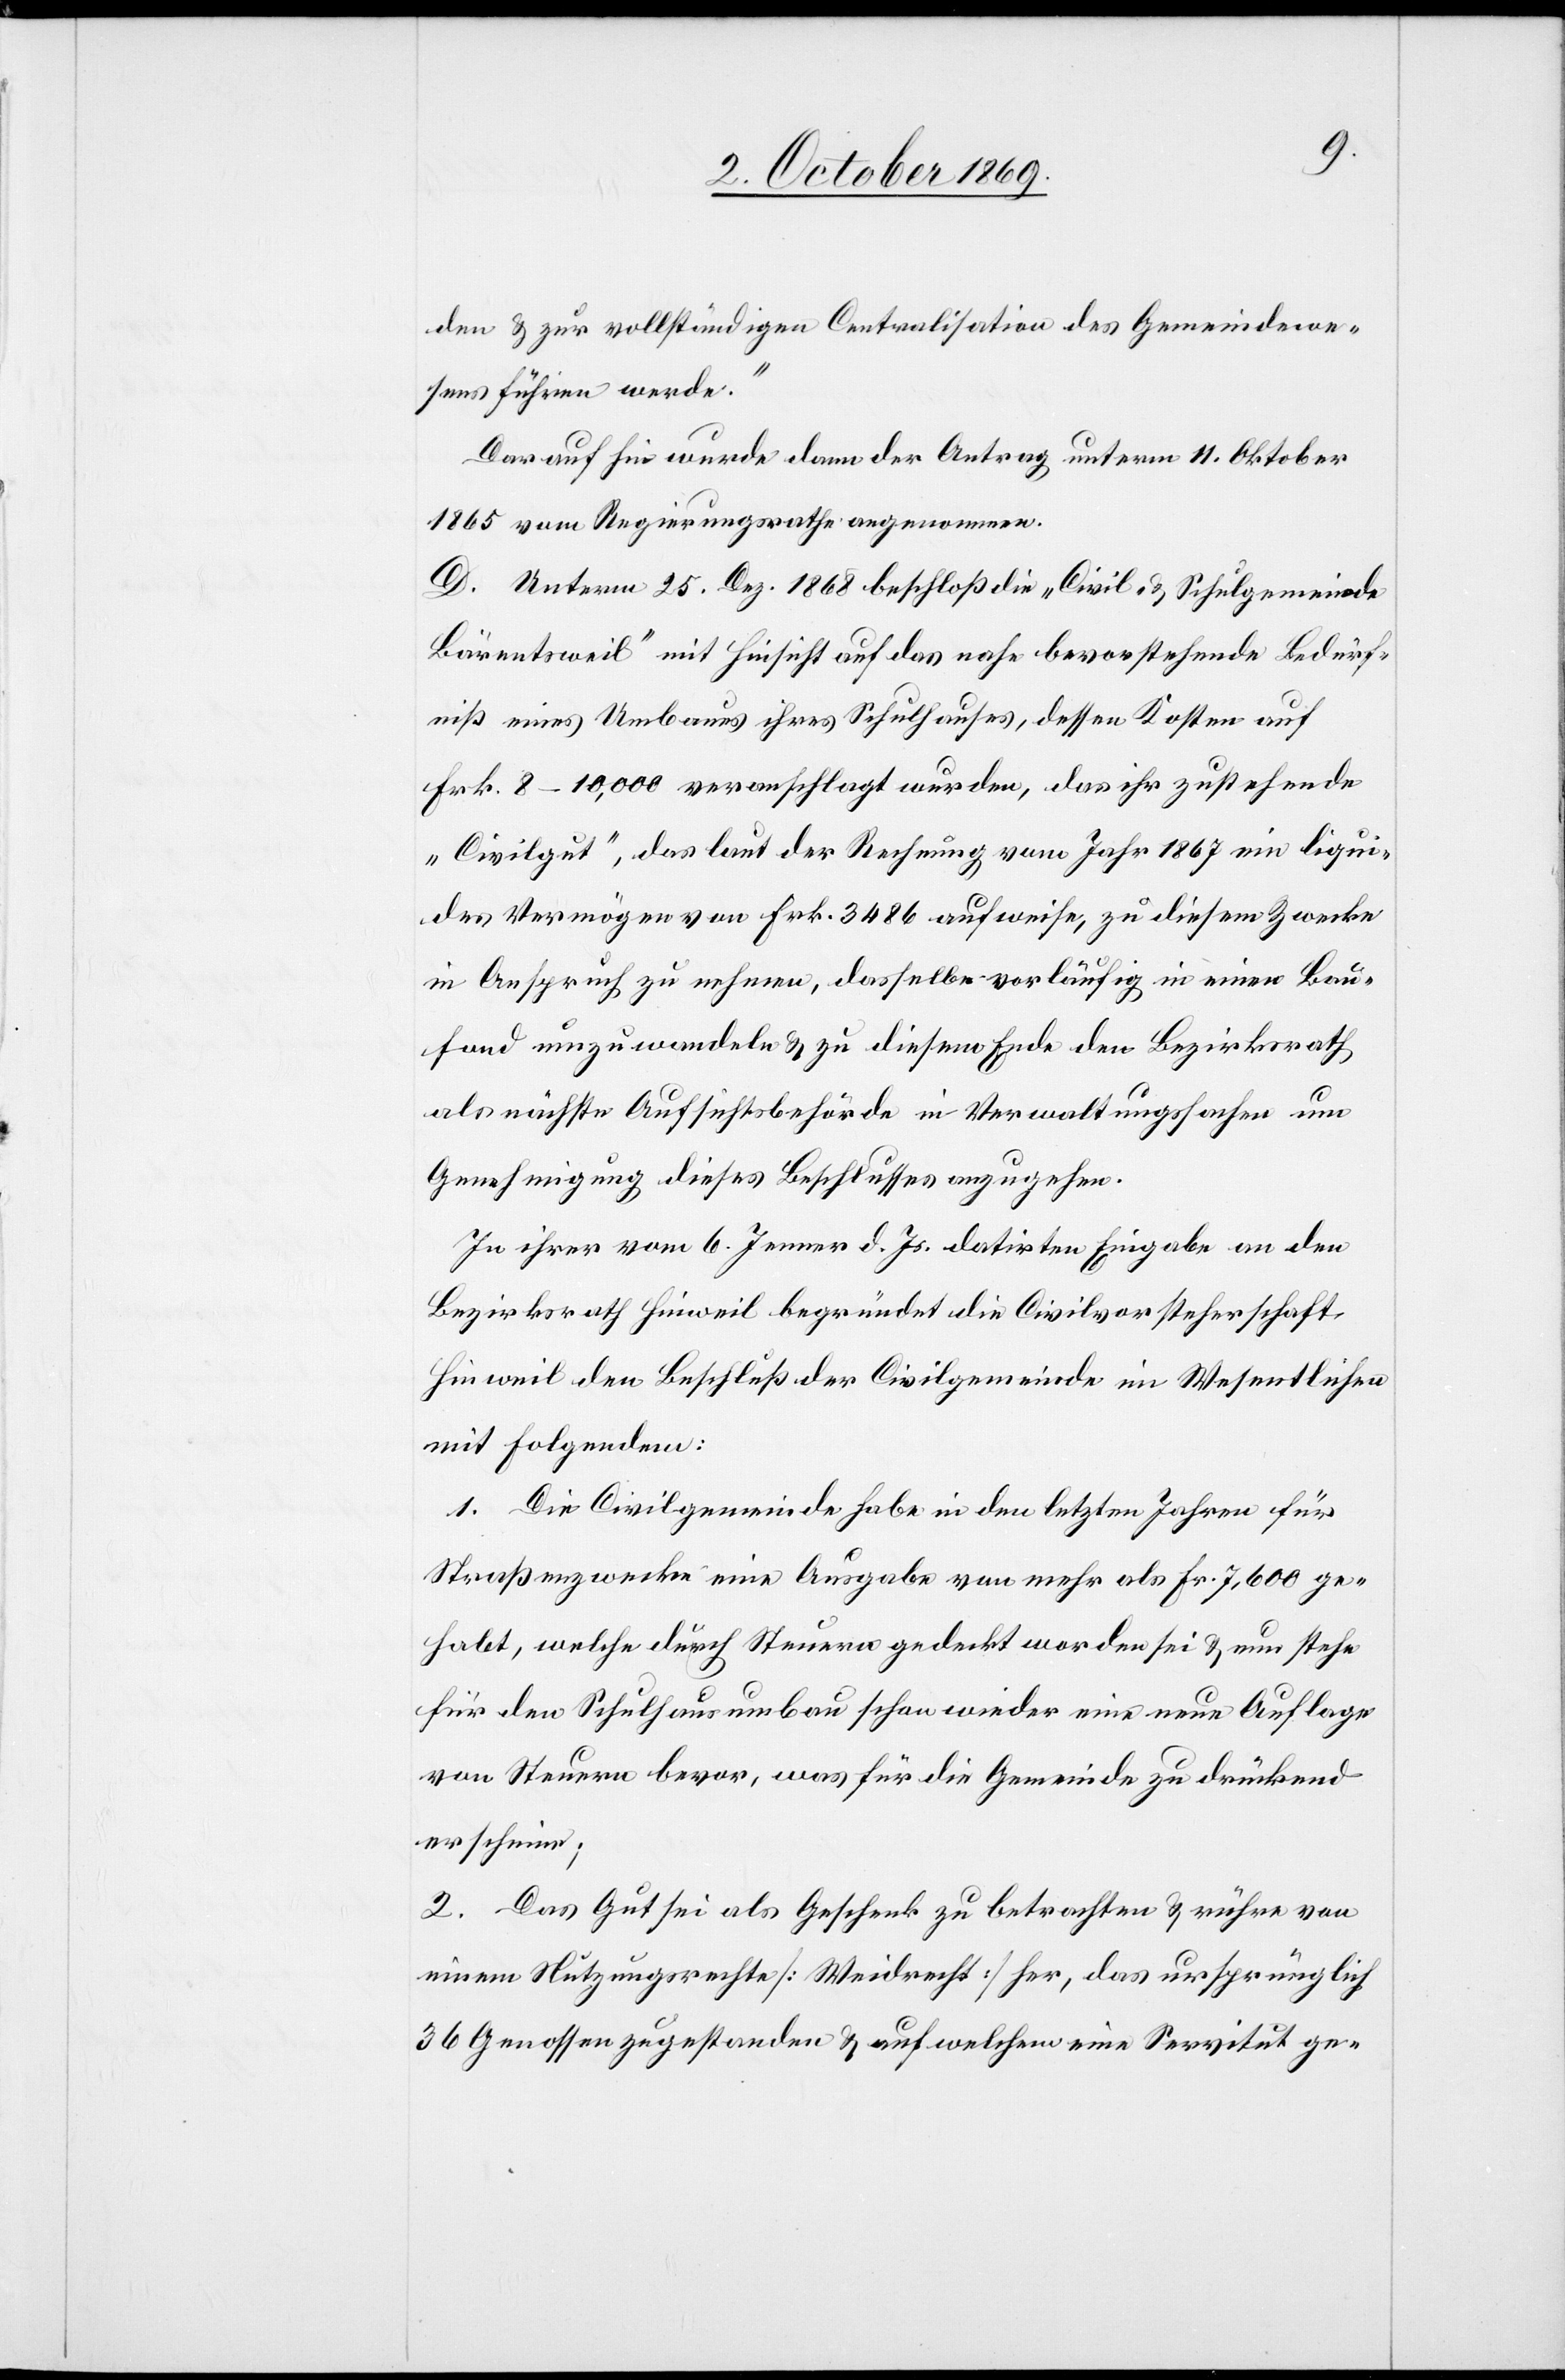
den & zur vollständigen Centralisation des Gemeindewe¬
sens führen werde.“
Darauf hin wurde dann der Antrag unterm 11. Oktober
1865 vom Regierungsrathe angenommen.
D. Unterm 25. Dez. 1868 beschloß die „Civil- & Schulgemeinde
Bärentsweil“ mit Hinsicht auf das nahe bevorstehende Bedürf¬
niß eines Umbaues ihres Schulhauses, dessen Kosten auf
Frk. 8–10,000 veranschlagt wurden, das ihr zustehende
„Civilgut“, das laut der Rechnung vom Jahr 1867 ein liqui¬
des Vermögen von Frk. 3486 aufweise, zu diesem Zwecke
in Anspruch zu nehmen, dasselbe vorläufig in einen Bau¬
fond umzuwandeln & zu diesem Ende den Bezirksrath
als nächste Aufsichtsbehörde in Verwaltungssachen um
Genehmigung dieses Beschlusses anzugehen.
In ihrer vom 6. Jenner d. Js. datirten Eingabe an den
Bezirksrath Hinweil begründet die Civilvorsteherschaft
Hinweil den Beschluß der Civilgemeinde im Wesentlichen
mit Folgendem:
1. Die Civilgemeinde habe in den letzten Jahren für
Straßenzwecke eine Ausgabe von mehr als Fr. 7,600 ge¬
habt, welche durch Steuern gedeckt worden sei & nun stehe
für den Schulhausumbau schon wieder eine neue Auflage
von Steuern bevor, was für die Gemeinde zu drückend
erscheine;
2. Das Gut sei als Geschenk zu betrachten & rühre von
einem Nutzungsrechte [Weidrecht] her, das ursprünglich
36 Genossen zugestanden & auf welchem eine Servitut ge-